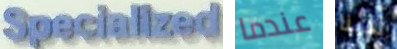
Specialized عندما لدينا